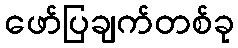
ဖော်ပြချက်တစ်ခု